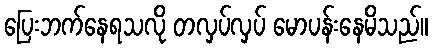
ပြေးဘက်နေရသလို တလှပ်လှပ် မောပန်းနေမိသည်။